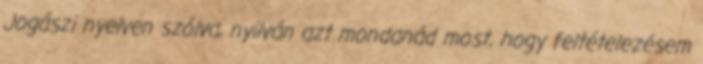
Jogászi nyelven szólva, nyilván azt mondanád most, hogy feltételezésem